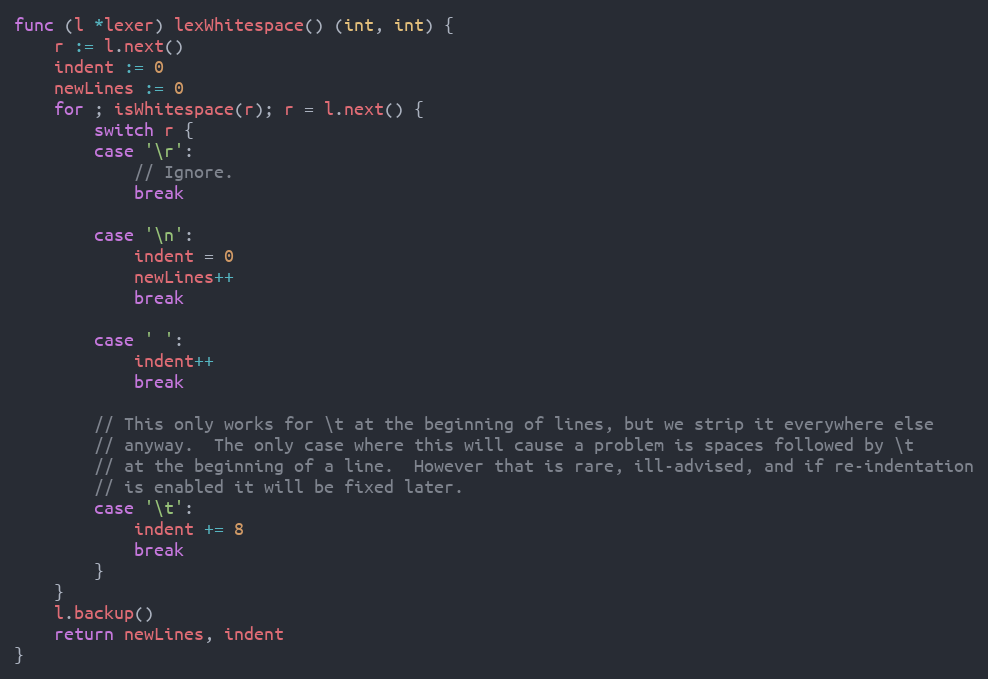
Language: Go
func (l *lexer) lexWhitespace() (int, int) {
	r := l.next()
	indent := 0
	newLines := 0
	for ; isWhitespace(r); r = l.next() {
		switch r {
		case '\r':
			// Ignore.
			break

		case '\n':
			indent = 0
			newLines++
			break

		case ' ':
			indent++
			break

		// This only works for \t at the beginning of lines, but we strip it everywhere else
		// anyway.  The only case where this will cause a problem is spaces followed by \t
		// at the beginning of a line.  However that is rare, ill-advised, and if re-indentation
		// is enabled it will be fixed later.
		case '\t':
			indent += 8
			break
		}
	}
	l.backup()
	return newLines, indent
}